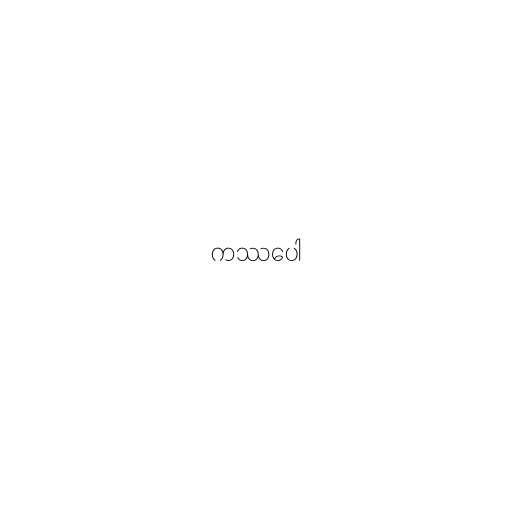
ကဿပေါ